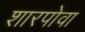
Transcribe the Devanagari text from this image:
शारपोवा